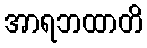
အာရဘထာတိ